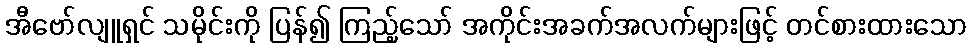
အီဗော်လျူရှင် သမိုင်းကို ပြန်၍ ကြည့်သော် အကိုင်းအခက်အလက်များဖြင့် တင်စားထားသော